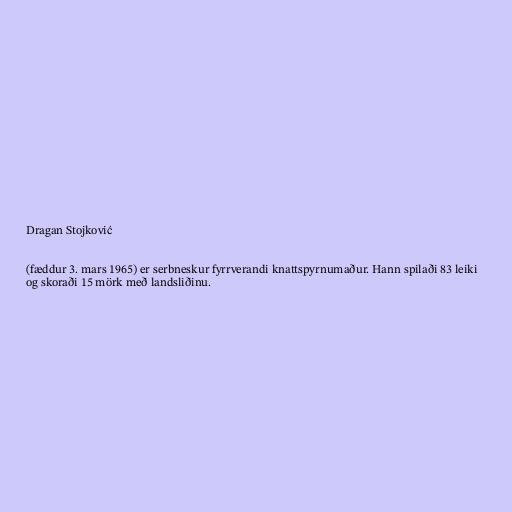
Dragan Stojković

(fæddur 3. mars 1965) er serbneskur fyrrverandi knattspyrnumaður. Hann spilaði 83 leiki
og skoraði 15 mörk með landsliðinu.